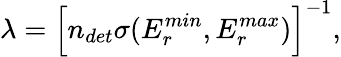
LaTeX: \lambda=\Bigl[n_{det}\sigma(E_{r}^{min},E_{r}^{max})\Bigr]^{-1},